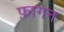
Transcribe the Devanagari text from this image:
फ़ागन